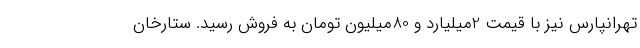
تهرانپارس نیز با قیمت 2میلیارد و 80میلیون تومان به فروش رسید. ستارخان